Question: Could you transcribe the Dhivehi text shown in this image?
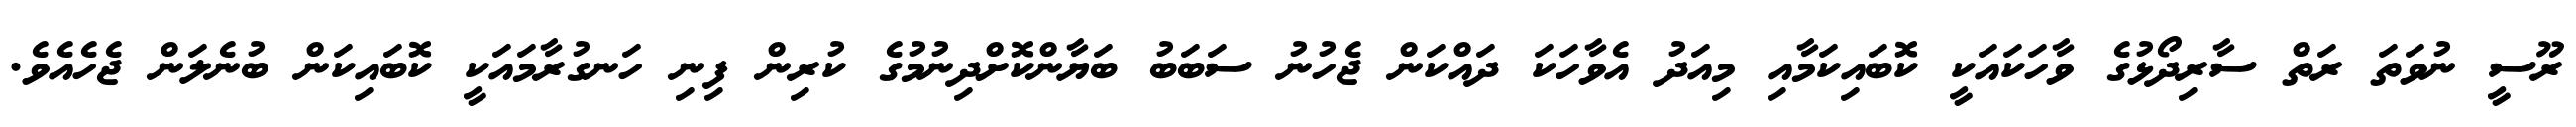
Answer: ރޫސީ ނުވަތަ ރަތް ސާރިދޯޅުގެ ވާހަކައަކީ ކޮބައިކަމާއި މިއަދު އެވާހަކަ ދައްކަން ޖެހުނު ސަބަބު ބަޔާންކޮށްދިނުމުގެ ކުރިން ފިނި ހަނގުރާމައަކީ ކޮބައިކަން ބުނެލަން ޖެހެއެވެ.